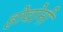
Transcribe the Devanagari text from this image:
होवोनी